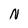
Character: N